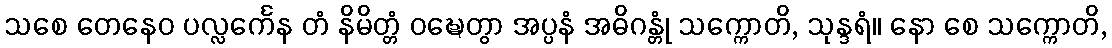
သစေ တေနေဝ ပလ္လင်္ကေန တံ နိမိတ္တံ ဝဍ္ဎေတွာ အပ္ပနံ အဓိဂန္တုံ သက္ကောတိ, သုန္ဒရံ။ နော စေ သက္ကောတိ,